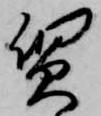
質